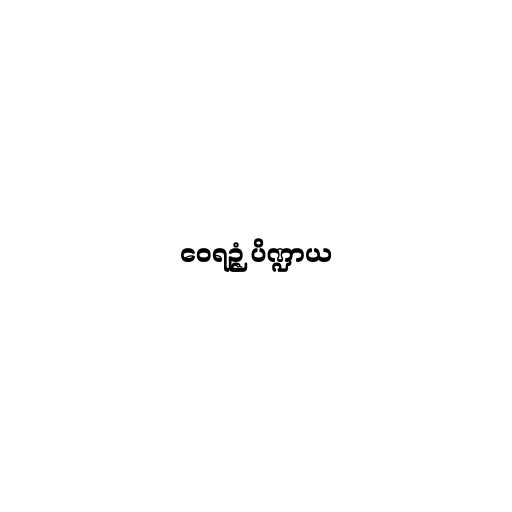
ဝေရဉ္ဇံ ပိဏ္ဍာယ